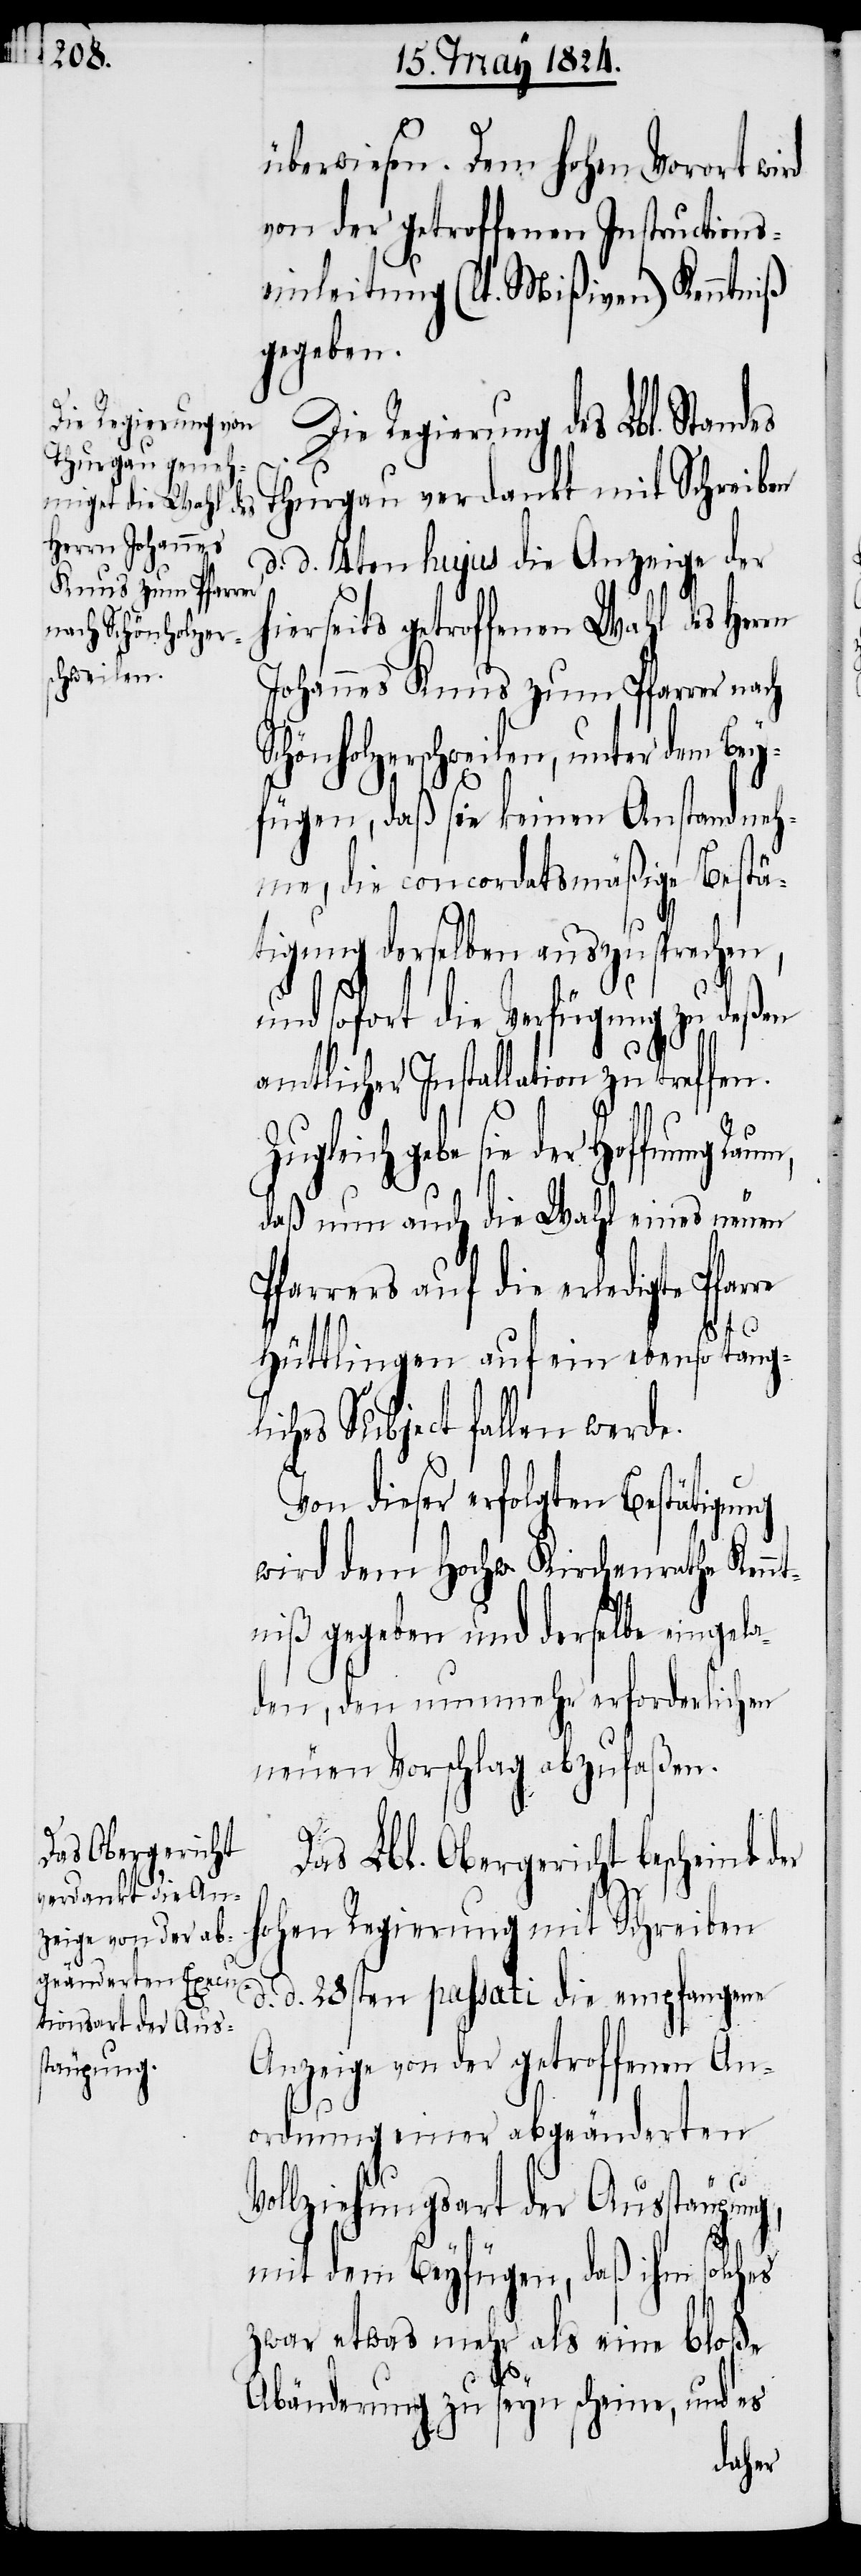
überwiesen. Dem hohen Vorort wird
von der getroffenen Instructions¬
einleitung (lt. Mißiven) Kenntniß
gegeben.
Die Regierung des Lbl. Stand¬
Thurgau verdankt mit Schreiben
d. d. 4. hujus die Anzeige der
hierseits getroffenen Wahl des Herrn
Johannes Knus zum Pfarrer nach
Schönholzerschweilen, unter dem Bey¬
fügen, daß sie keinen Anstand neh¬
me, die concordatsmäßige Bestä¬
tigung derselben auszusprechen,
nd sofort die Verfügung zu deßen
amtlicher Installation zu treffen.
u¬
Zugleich gebe sie der Hoffnung Raum,
daß nun auch die Wahl eines neuen
Pfarrers auf die erledigte Pfarre
Hüttlingen auf ein ebenso taugl¬
iches Subject fallen werde.
Von dieser erfolgten Bestätigung
wird dem Hochw. Kirchenrathe Kennt¬
niß gegeben und derselbe eingela¬
den, den nunmehr erforderlichen
neuen Vorschlag abzufaßen.
Das Lbl. Obergericht bescheint der
hohen Regierung mit Schreiben
d. d. 28sten passati die empfangene
Anzeige von der getroffenen An¬
ordnung einer abgeänderten
Vollziehungsart der Ausstäupung,
mit dem Beyfügen, daß ihm solches
zwar etwas mehr als eine bloße
Abänderung zu seyn scheine, und es